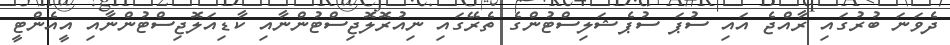
ދެވަނަ ބުރުގައި ރާއްޖެ އައި ސުޕަ ސުޕެޝަލިސްޓުންގެ ތެރޭގައި ނިއުރޮލޮޖިސްޓުންނާއި ކާޑިއަލޮޖިސްޓުންނާއި އީއެންޓީ